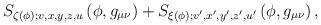
LaTeX: \begin{align*}S_{\zeta (\phi );v,x,y,z,u}\left( \phi ,g_{\mu \nu }\right) +S_{\xi (\phi);v^{\prime },x^{\prime },y^{\prime },z^{\prime },u^{\prime }}\left( \phi,g_{\mu \nu }\right) , \end{align*}